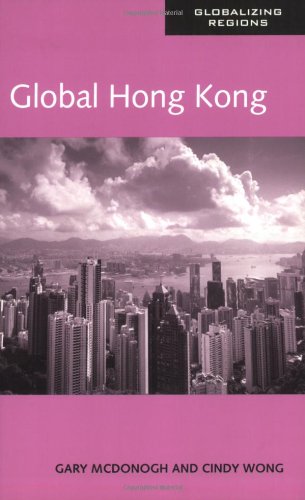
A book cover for Global Hong Kong (Global Realities); Cindy Wong; History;